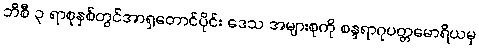
ဘီစီ ၃ ရာစုနှစ်တွင်အာရှတောင်ပိုင်း ဒေသ အများစုကို စန္ဒရာဂုပတ္တမောရိယမှ